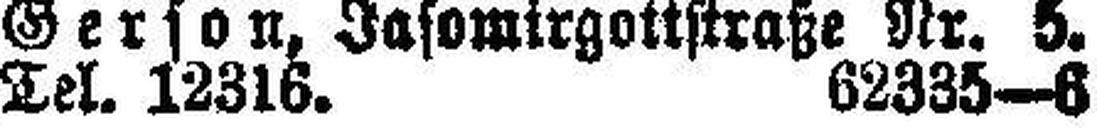
Tel. 12316. 62335—6